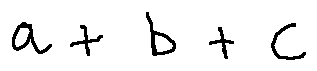
a + b + c